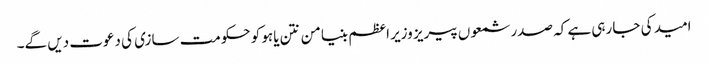
امید کی جا رہی ہے کہ صدر شمعوں پیریز وزیر اعظم بنیامن نتن یاہو کو حکومت سازی کی دعوت دیں گے۔